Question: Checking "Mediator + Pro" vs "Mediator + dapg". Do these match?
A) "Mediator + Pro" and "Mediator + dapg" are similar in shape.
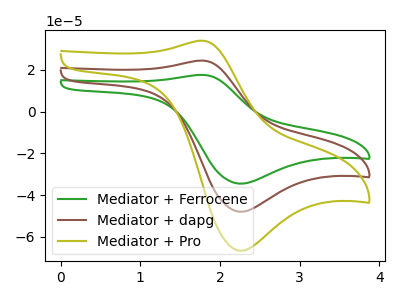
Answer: <think>The green curve "Mediator + Ferrocene" has an anodic peak at (1.80V, 48.85uA) and a cathodic peak at (2.25V, -95.95uA). The brown curve "Mediator + dapg" has an anodic peak at (1.80V, 24.45uA) and a cathodic peak at (2.25V, -47.95uA). The olive curve "Mediator + Pro" has an anodic peak at (1.80V, 33.95uA) and a cathodic peak at (2.25V, -66.65uA).
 All the peaks in "Mediator + Pro" have a peak in "Mediator + dapg" at the same potential. Every peak in "Mediator + Pro" is higher than every peak in "Mediator + dapg".</think>
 <answer>A) "Mediator + Pro" and "Mediator + dapg" are similar in shape.</answer>
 <eval>A</eval>